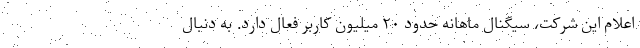
اعلام این شرکت، سیگنال ماهانه حدود ۲۰ میلیون کاربر فعال دارد. به دنبال